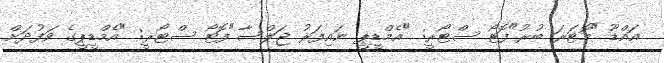
އައްޑޫ "މޮޓަރަ ބުރު"ފޮޓޯ ސްޓޯރީ: "އެމްޑީޕީ ނައިފަރު ޖަލްސާ"ފޮޓޯ ސްޓޯރީ: "އެމްޑީޕީގެ ވަފުދަށް